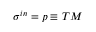
\sigma ^ { i n } = p \equiv T M